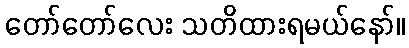
တော်တော်လေး သတိထားရမယ်နော်။